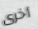
أخرى